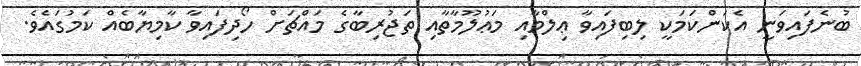
ބުނެފައިވަނީ އެކަންކަމަކީ ލިބިފައިވާ ޢިލްމާއި މަޢުލޫމާތާއި ތަޖުރިބާގެ މައްޗަށް ހޯދިފައިވާ ކާމިޔާބެއް ކަމުގައެވެ.